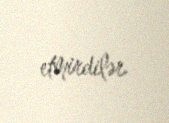
etmirdilər.